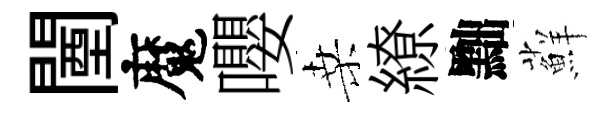
闉魔嚶桑繚黜蘚